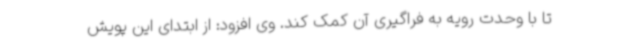
تا با وحدت رویه به فراگیری آن کمک کند. وی افزود: از ابتدای این پویش